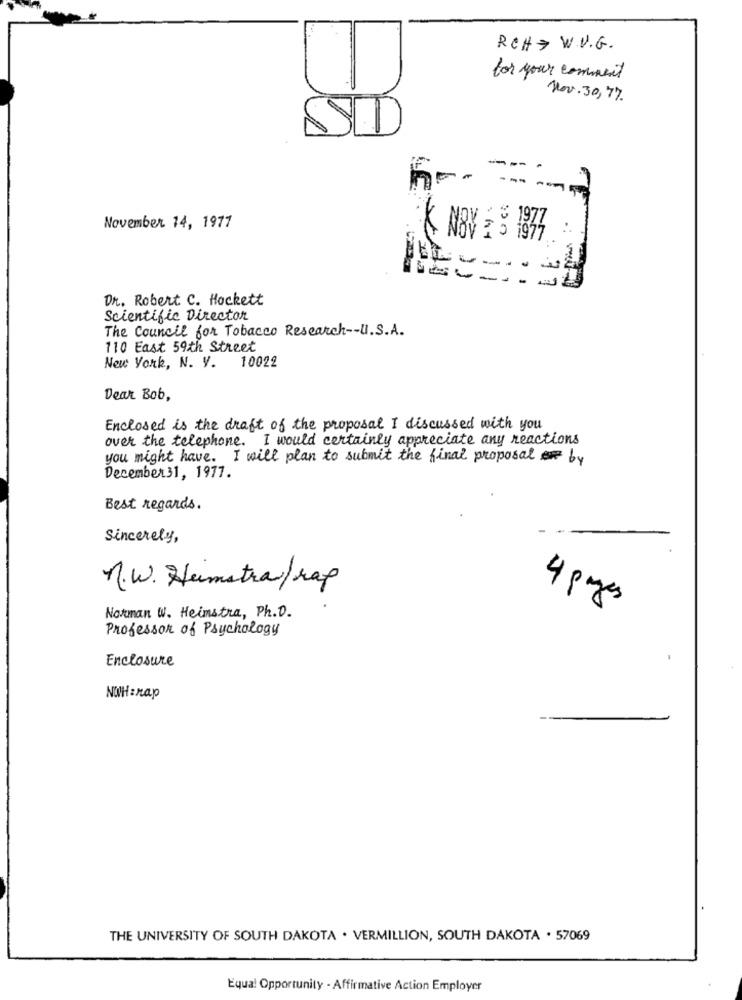
RCH > W.V.G.
for your comment
Nov. 30, 77
---
November 14, 1977
Dr. Robert C. Hockett
Scientific Director
The Council for Tobacco Research-U.S.A.
110 East 59th Street
New york, N. V. 10022
Dear Bob,
Enclosed is the draft of the proposal I discussed with you
over the telephone. I would certainly appreciate any reactions
you might have. I will plan to submit the final proposal by
December31, 1977.
Best regards.
Sincerely,
n.W. Hamstra/rap
4 pages
Norman W. Heimstra, Ph.D.
Professor of Psychology
Enclosure
NOHanap
THE UNIVERSITY OF SOUTH DAKOTA . VERMILLION, SOUTH DAKOTA . 57069
Equal Opportunity - Affirmative Action Employer